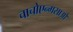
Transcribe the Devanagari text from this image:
चाचोएन्गसाओ